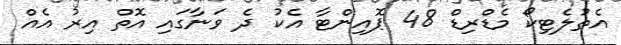
އެތުލެޓިކޯ މެޑްރިޑް 48 ޕޮއިންޓާ އެކު ދެ ވަނާގައި އޮތް އިރު އެއް